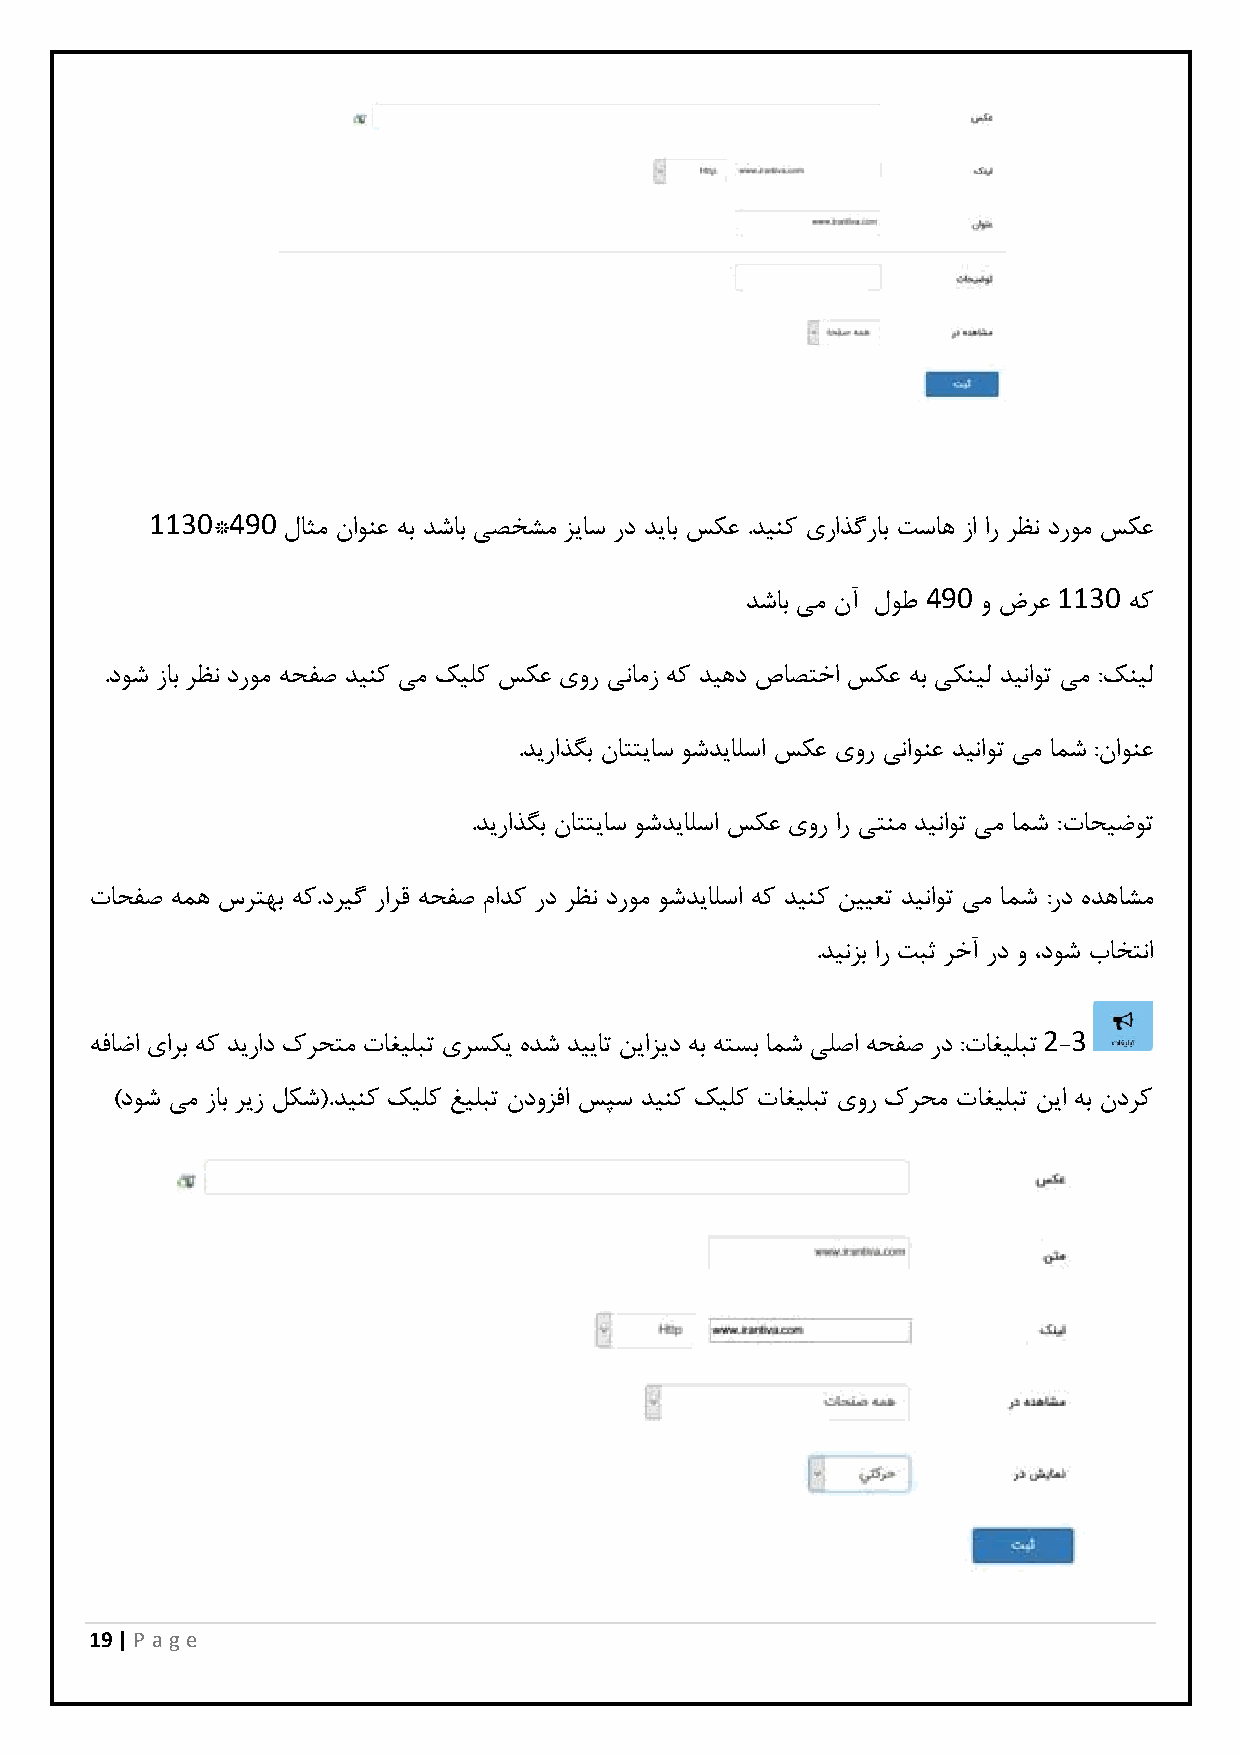
1131 491
 *    لاثم ناونع هب دشاب یصخشم زیاس رد دیاب سکع .دینک یراذگراب تساه زا ار رظن دروم سکع
 491      1131
 دشاب یم نآ لوط  و ضرع     هک
 .دوش زاب رظن دروم هحفص دینک یم کیلک سکع یور ینامز هک دیهد صاصتخا سکع هب یکنیل دیناوت یم :کنیل
 .دیراذگب ناتتیاس وشدیالسا سکع یور یناونع دیناوت یم امش :ناونع
 .دیراذگب ناتتیاس وشدیالسا سکع یور ار یتنم دیناوت یم امش :تاحیضوت
 تاحفص همه سرتهب هک.دریگ رارق هحفص مادک رد رظن دروم وشدیالسا هک دینک نییعت دیناوت یم امش :رد هدهاشم
 .دینزب ار تبث رخآ رد و ،دوش باختنا
 2 3
 هفاضا یارب هک دیراد کرحتم تاغیلبت یرسکی هدش دییات نیازید هب هتسب امش یلصا هحفص رد :تاغیلبت -
 )دوش یم زاب ریز لکش(.دینک کیلک غیلبت ندوزفا سپس دینک کیلک تاغیلبت یور کرحم تاغیلبت نیا هب ندرک
 19 | P age